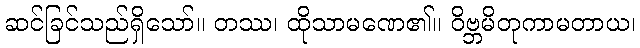
ဆင်ခြင်သည်ရှိသော်။ တဿ၊ ထိုသာမဏေ၏။ ဝိဗ္ဘမိတုကာမတာယ၊